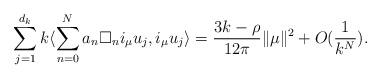
LaTeX: \begin{align*}\sum_{j=1}^{d_k}k\langle \sum_{n=0}^{N}a_n\square_{n} i_{\mu}u_j,i_{\mu}u_j\rangle=\frac{3k-\rho}{12\pi}\|\mu\|^2+O(\frac{1}{k^{N}}).\end{align*}